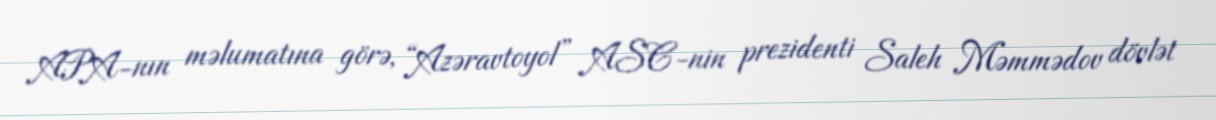
APA-nın məlumatına görə, “Azəravtoyol” ASC-nin prezidenti Saleh Məmmədov dövlət